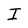
Character: I